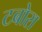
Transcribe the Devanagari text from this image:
टबोरा